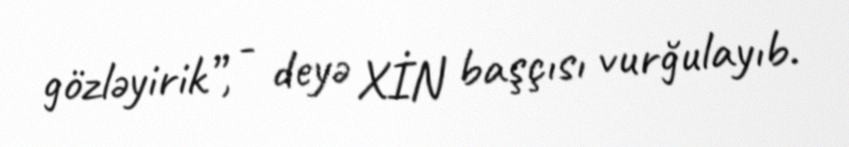
gözləyirik”, - deyə XİN başçısı vurğulayıb.